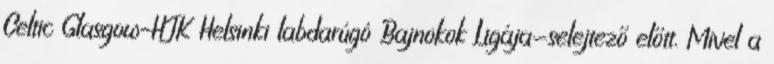
Celtic Glasgow–HJK Helsinki labdarúgó Bajnokok Ligája-selejtező előtt. Mivel a